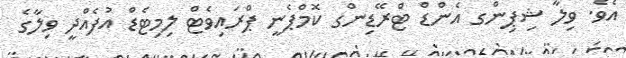
އެވެ. ވިލާ ޝިޕިންގ އެންޑް ޓްރޭޑިންގ ކޮމްޕެނީ ޕްރައިވެޓް ލިމިޓެޑް އުފެއްދީ ވިލާގެ